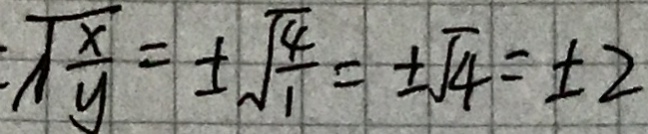
\sqrt { \frac { x } { y } } = \pm \sqrt { \frac { 4 } { 1 } } = \pm \sqrt { 4 } = \pm 2